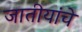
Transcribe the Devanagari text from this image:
जातीयांचे